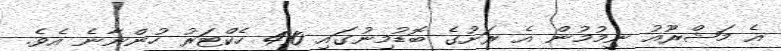
އެ މަޝްރޫއު ނިމުމުން އެ ރަށުގެ ބޮޑުމިނުގައި 410 ހެކްޓަރު ހުންނާނެ އެވެ.